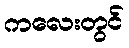
ကလေးတွင်